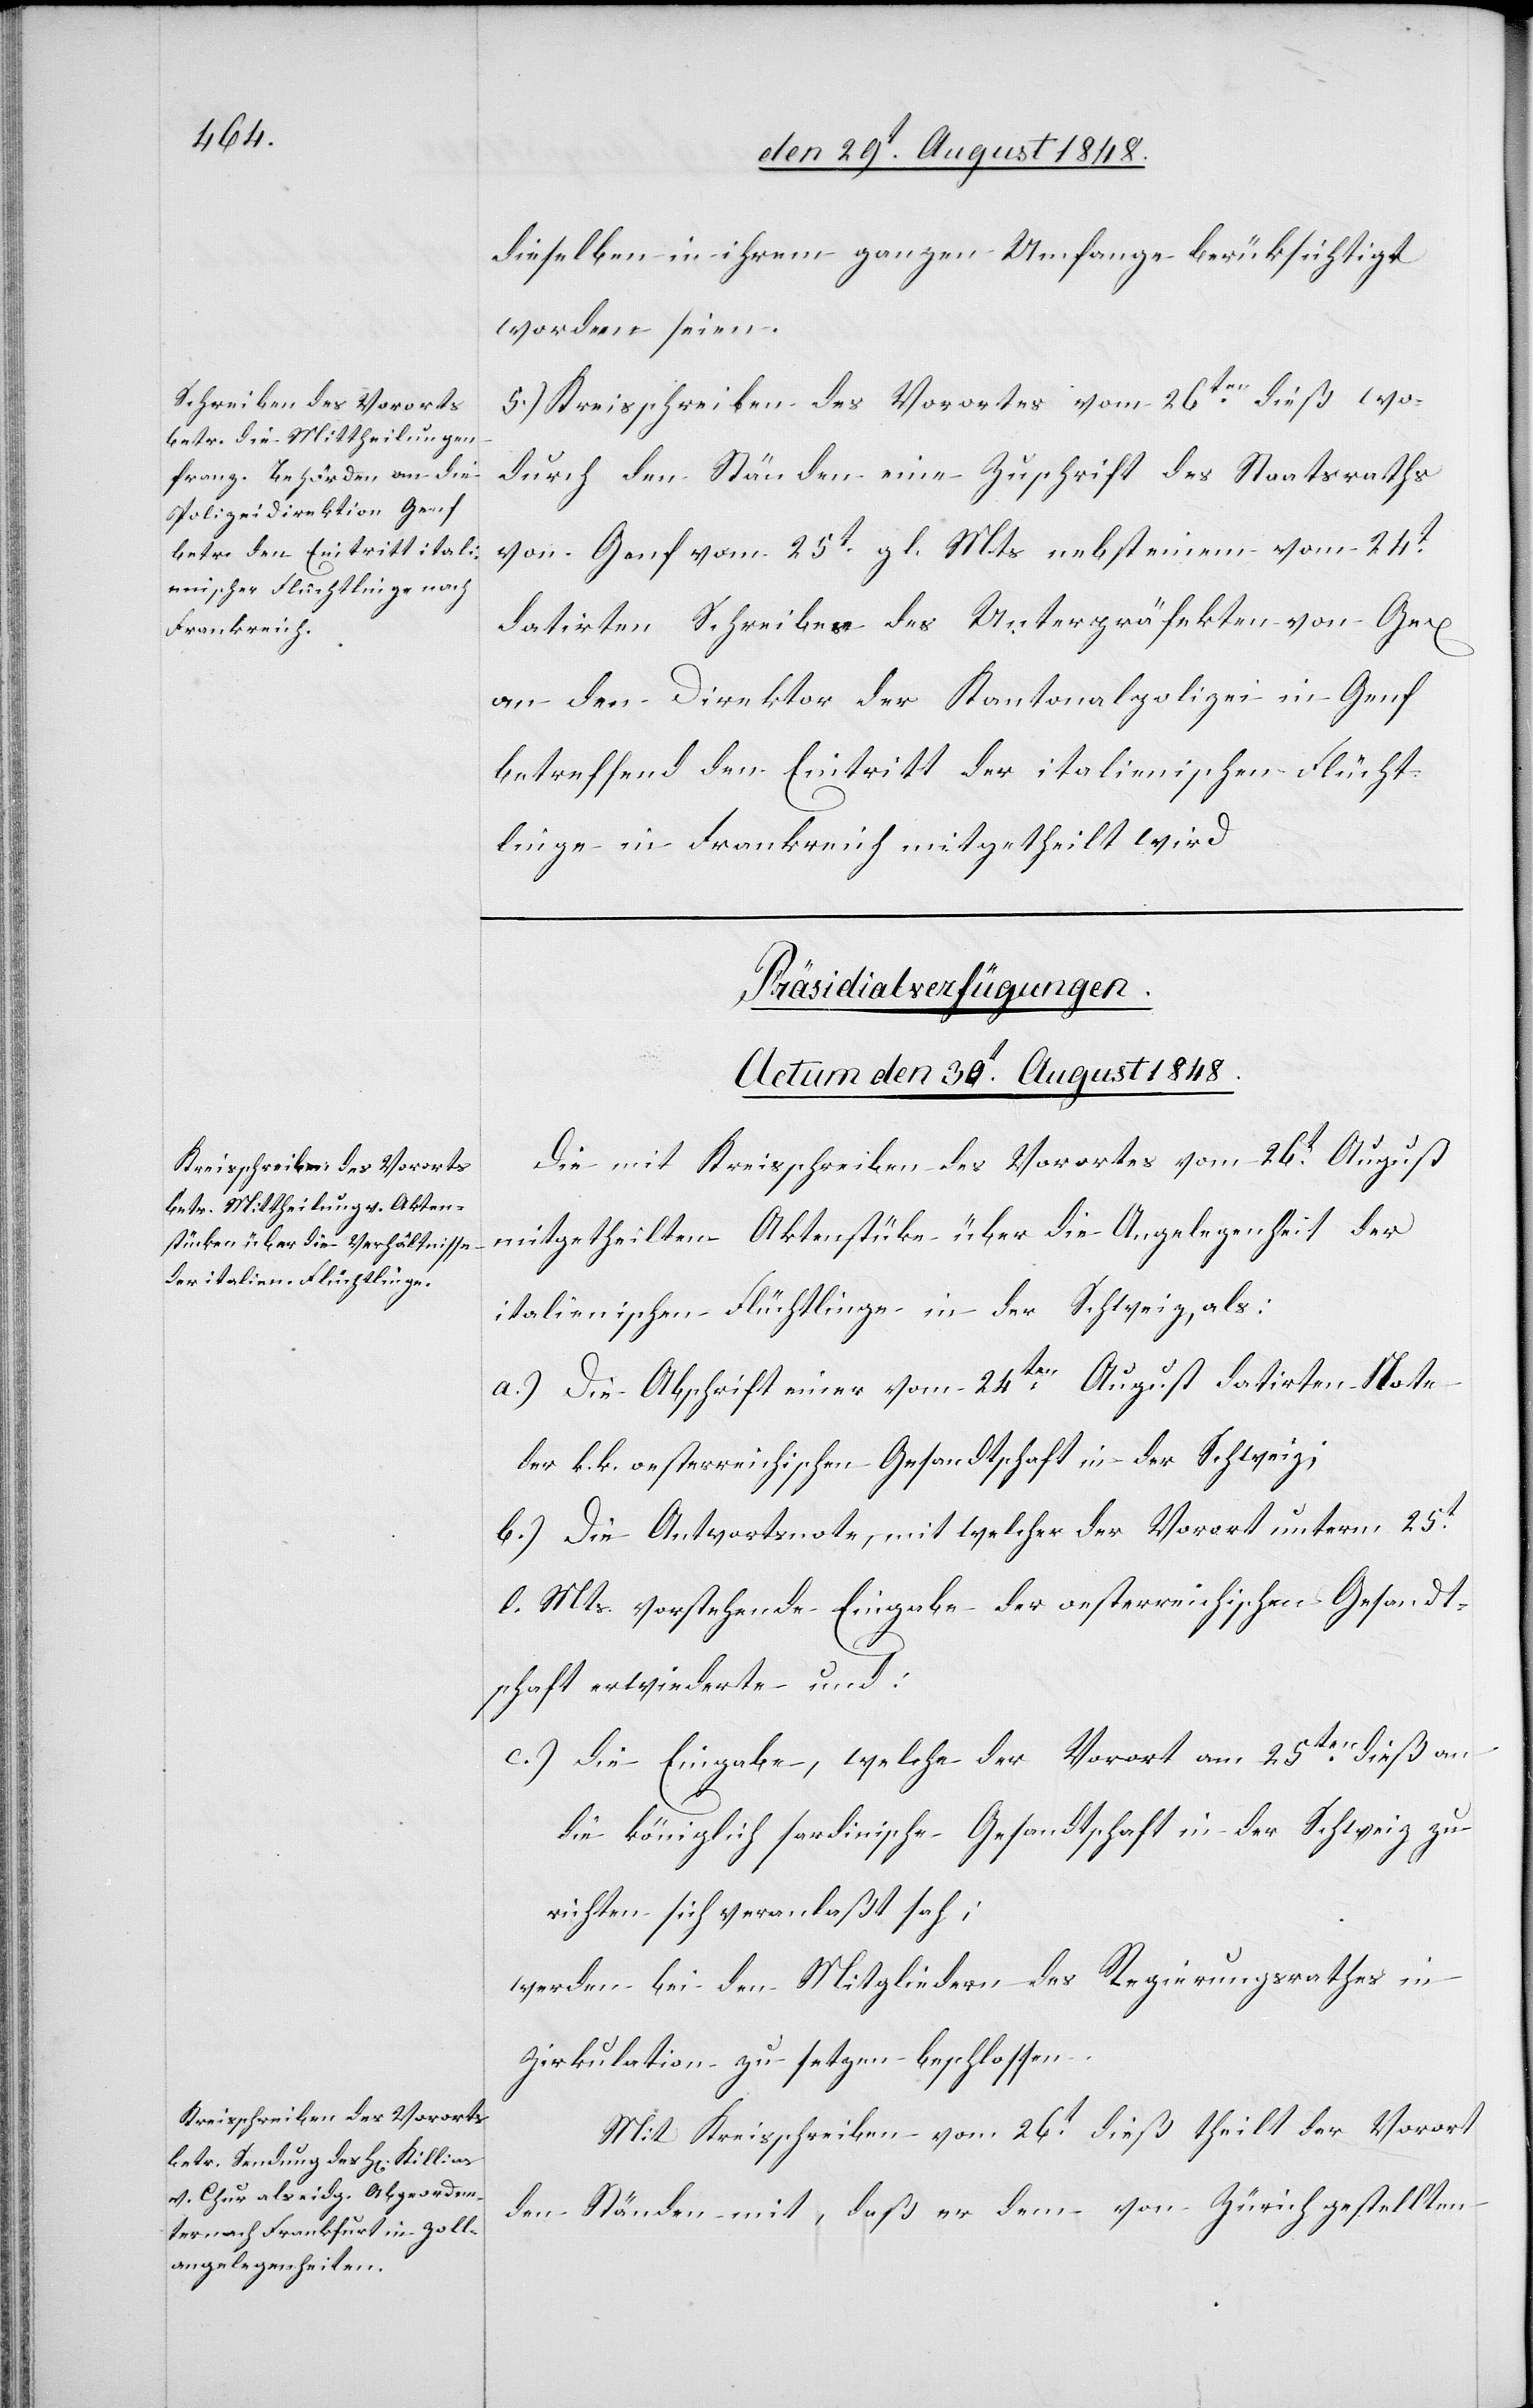
dieselben in ihrem ganzen Umfange berücksichtigt
worden seien.
5.) Kreisschreiben des Vorortes vom 26ten dieß wo¬
durch den Ständen eine Zuschrift des Staatsraths
von Genf vom 25t gl. Mts. nebst einem vom 24t
datirten Schreibe[n]s des Unterpräfekten von Gex
an den Direktor der Kantonalpolizei in Genf
betreffend den Eintritt der italienischen Flücht¬
linge in Frankreich mitgetheilt wird.
[Präsidialverfügungen.
Actum den 30.t August 1848.]
Die mit Kreisschreiben des Vorortes vom 26t August
mitgetheilten Aktenstücke über die Angelegenheit der
italienischen Flüchtlinge in der Schweiz, als:
a.) Die Abschrift einer vom 24ten August datirten Note
der k. k. oesterreichischen Gesandtschaft in der Schweiz;
b.) Die Antwortsnote, mit welcher der Vorort unterm 25t
l. Mts. vorstehende Eingabe der oesterreichischen Gesandt¬
schaft erwiederte und:
c.) Die Eingabe, welche der Vorort am 25ten dieß an
die königlich sardinische Gesandtschaft in der Schweiz zu
richten sich veranlaßt sah;
werden bei den Mitgliedern des Regierungsrathes in
Zirkulation zu setzen beschlossen.
Mit Kreisschreiben vom 26tt dieß theilt der Vorort
den Ständen mit, daß er dem von Zürich gestellten